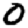
Digit: 0